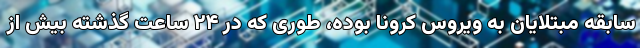
سابقه مبتلایان به ویروس کرونا بوده، طوری که در ۲۴ ساعت گذشته بیش از